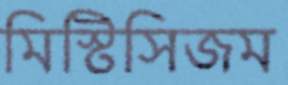
মিস্টিসিজম